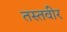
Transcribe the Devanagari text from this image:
तस्तवीर